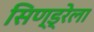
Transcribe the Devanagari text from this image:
सिण्ड्रेला